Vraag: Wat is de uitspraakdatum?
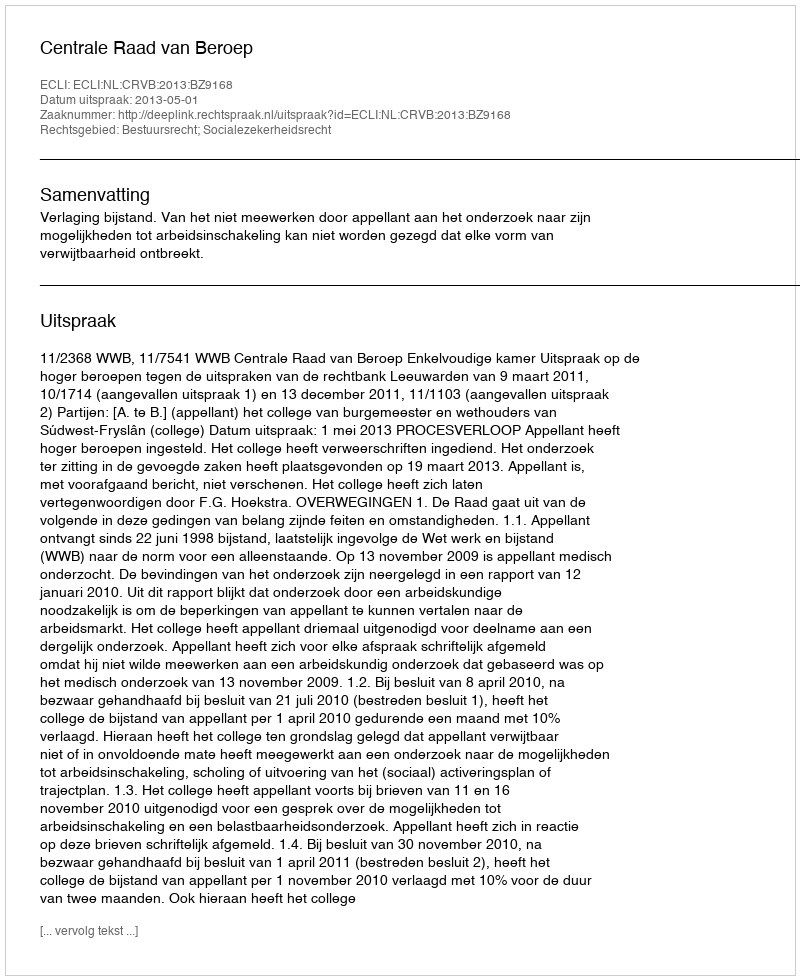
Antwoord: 2013-05-01